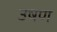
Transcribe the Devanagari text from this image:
उषण